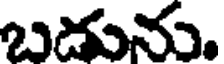
బడును.